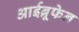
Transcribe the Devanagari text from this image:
आईब्रूफेन